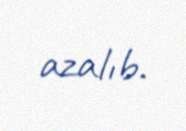
azalıb.